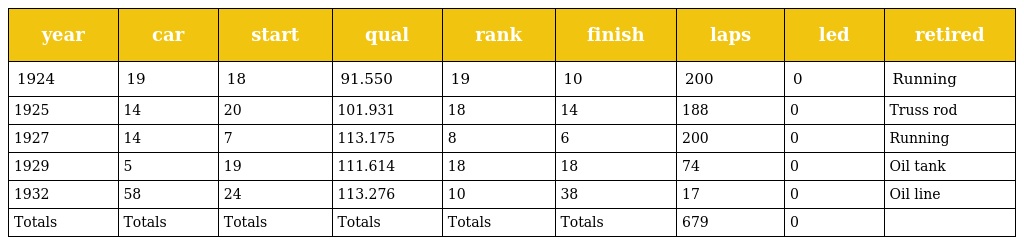
| year | car | start | qual | rank | finish | laps | led | retired |
 | --- | --- | --- | --- | --- | --- | --- | --- | --- |
 | 1924 | 19 | 18 | 91.550 | 19 | 10 | 200 | 0 | Running |
 | 1925 | 14 | 20 | 101.931 | 18 | 14 | 188 | 0 | Truss rod |
 | 1927 | 14 | 7 | 113.175 | 8 | 6 | 200 | 0 | Running |
 | 1929 | 5 | 19 | 111.614 | 18 | 18 | 74 | 0 | Oil tank |
 | 1932 | 58 | 24 | 113.276 | 10 | 38 | 17 | 0 | Oil line |
 | Totals | Totals | Totals | Totals | Totals | Totals | 679 | 0 |  |